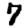
Digit: 7